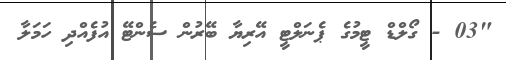
"03 - ގޯލްޑް ޓީމުގެ ޕެނަލްޓީ އޭރިޔާ ބޭރުން ސެންޓޭ އުފެއްދި ހަމަލާ